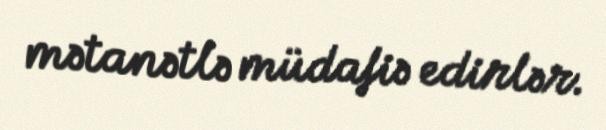
mətanətlə müdafiə edirlər.